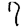
Digit: 7